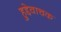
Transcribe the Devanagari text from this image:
हुद्देवाचक